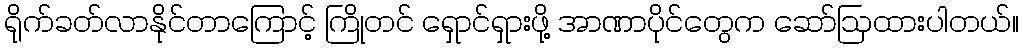
ရိုက်ခတ်လာနိုင်တာကြောင့် ကြိုတင် ရှောင်ရှားဖို့ အာဏာပိုင်တွေက ဆော်ဩထားပါတယ်။